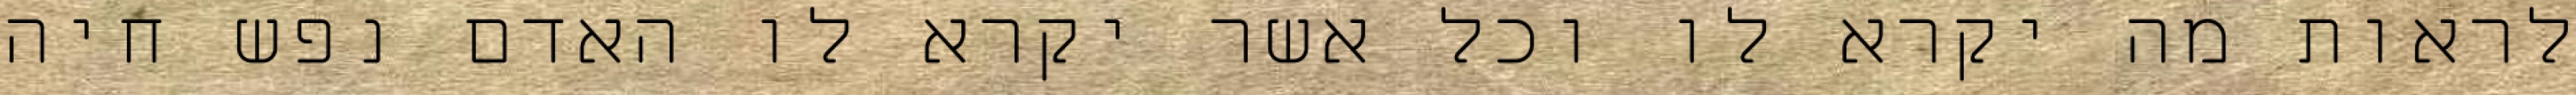
לראות מה יקרא לו וכל אשר יקרא לו האדם נפש חיה